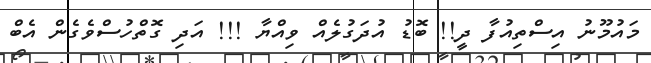
މައުމޫނު އިސްތިއުފާ ދީ!! ބޮޑު އުދަގުލެއް ވިއްޔާ !!! އަދި ގޮތްހުސްވެގެން އެބް